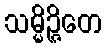
သမ္မိဉ္ဇိတေ